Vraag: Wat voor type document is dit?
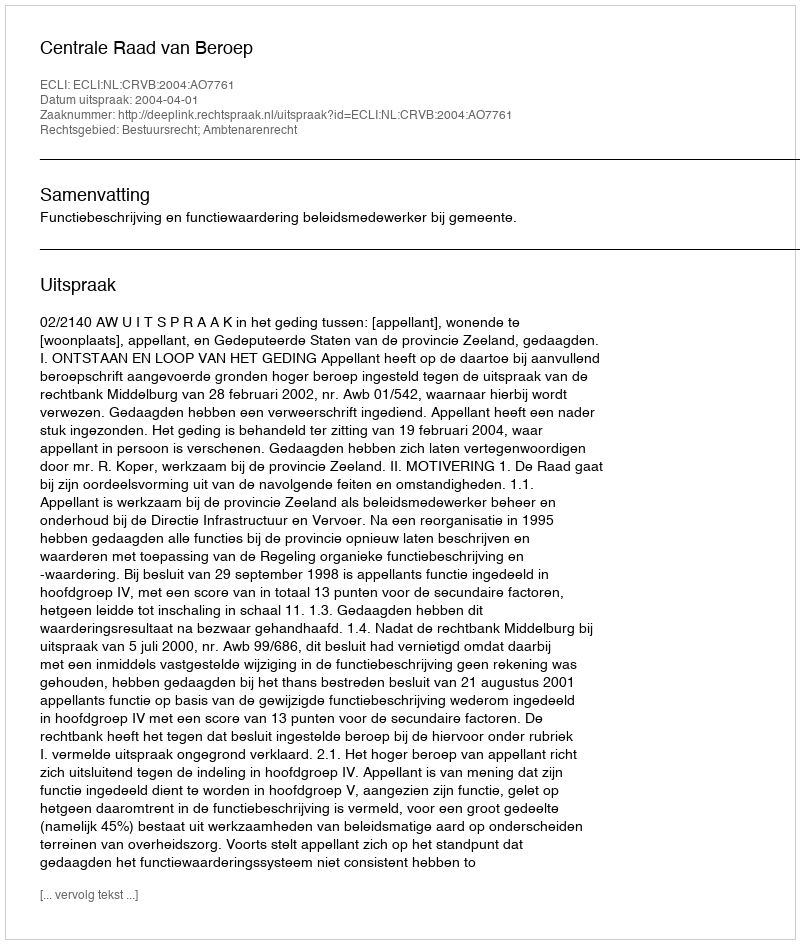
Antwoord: Uitspraak